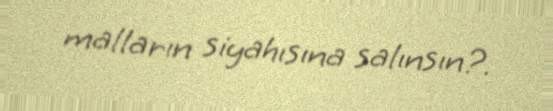
malların siyahısına salınsın?.